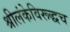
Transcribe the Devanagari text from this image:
श्रीलंकेविरूद्धच